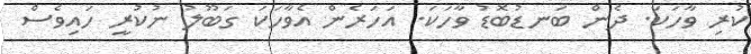
ކުރި ވާހަކަ. ދެން ބަނޑުބޮޑު ވާހަކަ. އަހަރެން އެވާހަކަ ގަބޫލު ނުކުރީ ހައިވެސް